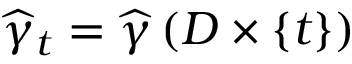
\widehat { \gamma } _ { t } = \widehat { \gamma } \left( D \times \{ t \} \right)